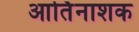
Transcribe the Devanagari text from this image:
आर्तिनाशक